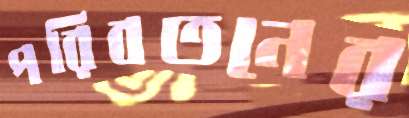
পরিবতনের